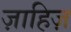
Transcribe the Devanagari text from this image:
ज़ाहिज़